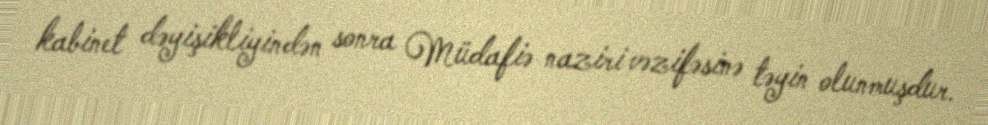
kabinet dəyişikliyindən sonra Müdafiə naziri vəzifəsinə təyin olunmuşdur.